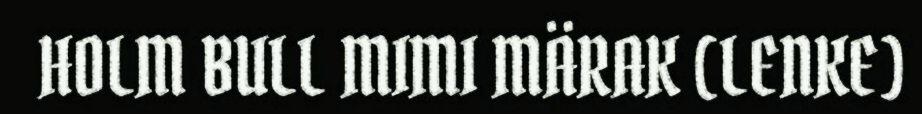
HOLM BULL MIMI MÄRAK (LENKE)